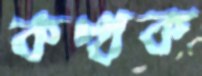
কত্থক